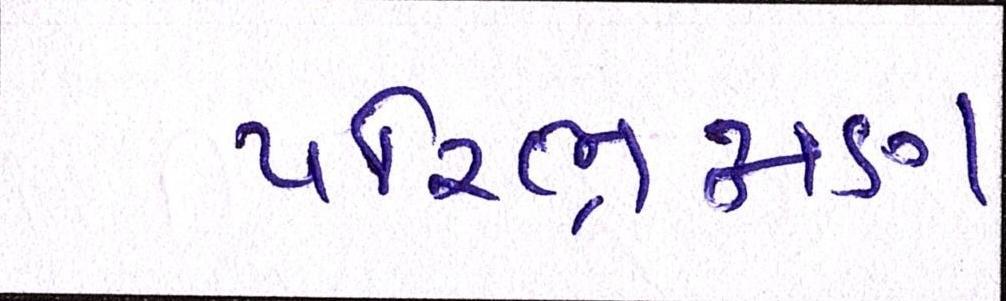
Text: પરિભ્રમણ